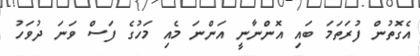
އެގޮތުން ފުރަތަމަ ބައި އޮންނާނީ އަންނަ މެއި މަހުގެ ފަސް ވަނަ ދުވަހު